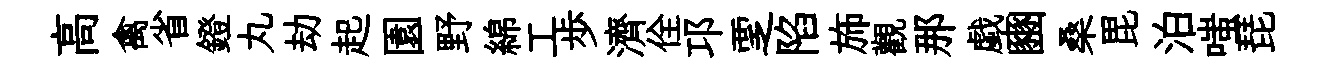
高禽省鐙丸劫起園野綿工歩濟佺邛覂陷斾觀那戯豳桑毘泊嗤琵